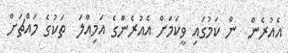
އެއުރެން  ން ކަމުގައި ވީކަމަށް އެއުރެންގެ އަމިއްލަ  ތަކުގެ މައްޗަށް